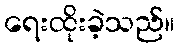
ရေးထိုးခဲ့သည်။